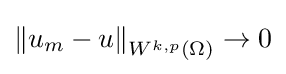
\left\|u_{m}-u\right\|_{W^{k,p}(\Omega )}\to 0